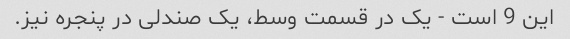
این 9 است - یک در قسمت وسط، یک صندلی در پنجره نیز.